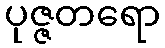
ပုဇ္ဇတရော